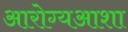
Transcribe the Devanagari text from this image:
आरोग्यआशा